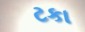
ટકા